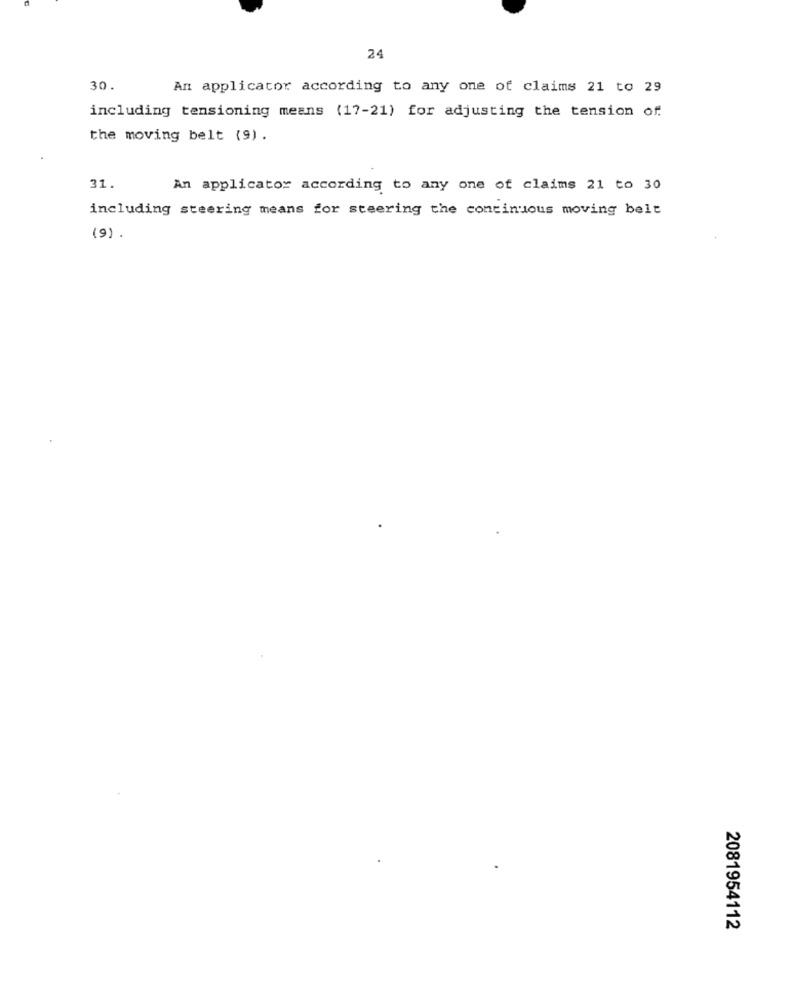
24
30.
An applicator according to any one of claims 21 to 29
including tensioning means (17-21) for adjusting the tension of.
the moving belt (9).
31.
An applicator according to any one of claims 21 to 30
including steering means for steering the continuous moving belt
(9) .
2081954112